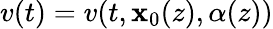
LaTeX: v(t)=v(t,\mathbf{x}_{0}(z),\alpha(z))